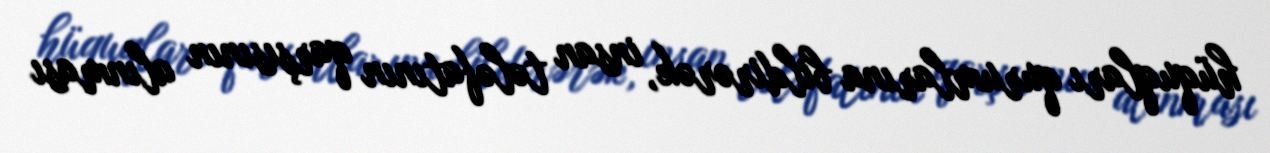
hüquqları qurumlarına bildirərək, insan tələfatının qarşısının alınması